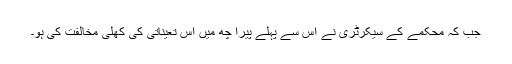
جب کہ محکمے کے سیکرٹری نے اس سے پہلے پیرا چھ میں اس تعیناتی کی کھلی مخالفت کی ہو۔